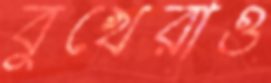
বুখেরাও